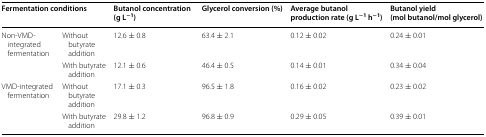
| <COLSPAN=2> Fermentation conditions | Butanol concentration (g L−1) | Glycerol conversion (%) | Average butanol production rate (g L−1 h−1) | Butanol yield (mol butanol/mol glycerol) |
 | --- | --- | --- | --- | --- | --- |
 | <ROWSPAN=2> Non-VMD-integrated fermentation | Without butyrate addition | 12.6 ± 0.8 | 63.4 ± 2.1 | 0.12 ± 0.02 | 0.24 ± 0.01 |
 | With butyrate addition | 12.1 ± 0.6 | 46.4 ± 0.5 | 0.14 ± 0.01 | 0.34 ± 0.04 |
 | <ROWSPAN=2> VMD-integrated fermentation | Without butyrate addition | 17.1 ± 0.3 | 96.5 ± 1.8 | 0.16 ± 0.02 | 0.23 ± 0.02 |
 | With butyrate addition | 29.8 ± 1.2 | 96.8 ± 0.9 | 0.29 ± 0.05 | 0.39 ± 0.01 |